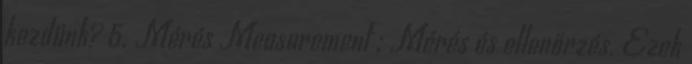
kezdünk? 5. Mérés Measurement : Mérés és ellenőrzés. Ezek